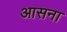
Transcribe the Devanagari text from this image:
आसना